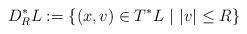
LaTeX: \begin{align*}D^*_R L:=\{(x,v)\in T^*L\ |\ |v|\leq R\}\end{align*}